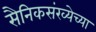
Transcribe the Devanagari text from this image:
सैनिकसंख्येच्या